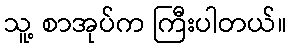
သူ့ စာအုပ်က ကြီးပါတယ်။